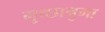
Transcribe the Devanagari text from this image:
गुच्छानुमा